Report on the administration of the Government Cinchona Department 1892-98
Year: 1892
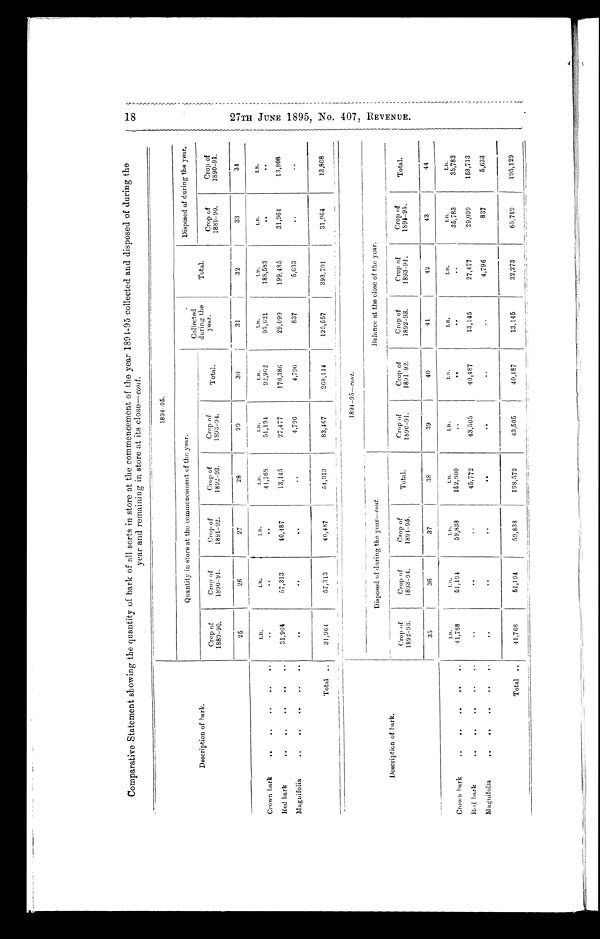
Comparative Statement showing the quantity of bark of all sorts in store at the commencement of the year 1894-95 collected and disposed of during the
year and remaining in store at its close—cont.
Description of bark.
1894-95.
Quantity in store at the commencement of the year
Collected
during the
year.
Total.
Disposed of during the year.
Crop of
1889-90.
Crop of
1890-91.
Crop of
1891-92.
Crop of
1892-93.
Crop of
1893-91.
Total.
Crop of
1889-90.
Crop of
1890-91.
25
26
27
28
29
30
31
32
33
34
L B .
LB.
L B .
L B .
L B .
L B .
LB.
LB.
L B .
L B .
Crown bark
..
..
..
41,768
51,194
92,962
95,621
188,583
. .
. .
Red bark
..
..
..
31,964
57,313
40,487
1 3 , 1 4 5
27,477
170,386
29,099
199,485
31,964
13,808
Magnifolia
. .
..
. .
. .
4,796
4,796
837
5 , 6 3 3
..
..
Total..
31,964
57,313
40,487
54,913
83,467
268,144
125,557
393,701
31,964
13,808
Description of bark.
1894-95-cont.
Disposed of during the year—cont.
Balance at the close of the year.
Crop of
1892-93.
Crop of
1 8 9 3 - 9 4 .
Crop of
1894-95.
Total.
Crop of
1890-91.
Crop of
1891-92.
Crop of
1892-93.
Crop of
1893-94.
Crop of
1894-95.
Total.
35
36
37
38
39
40
41
42
43
44
L B .
LB.
L B .
L B .
L B .
LB.
LB.
LB.
LB.
LB.
Crown bark
..
..
..
. .
41,768
51,194
59,838
152,800
..
. .
..
. . 35,783
35,783
Red bark .. .. .. ..
..
. .
..
45,772
43,505
40,487
13,145
27,477
29,099
153,713
Magnifolia
..
. .
. .
..
..
. .
..
4,796
837
5,633
Total ..
41,768
51,194
59,838
198,572
43,505
40,487
13,145
32,273
65,719
195,129
1 8 2 7 T H J U N E 1 8 9 5 , N O . 4 0 7 , R E V E N U E